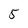
Character: 5